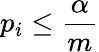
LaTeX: p_{i}\leq{\frac{\alpha}{m}}